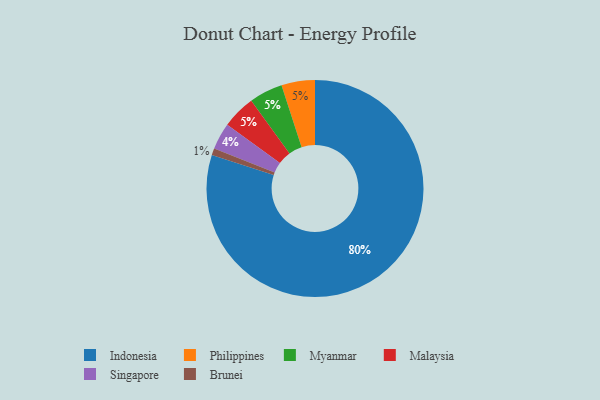
{"axis": {"x": "Category", "y": "Percentage"}, "legend": ["Brunei", "Indonesia", "Malaysia", "Myanmar", "Philippines", "Singapore"], "data": [{"x": "Philippines", "y": 5, "type": "Philippines"}, {"x": "Singapore", "y": 4, "type": "Singapore"}, {"x": "Myanmar", "y": 5, "type": "Myanmar"}, {"x": "Brunei", "y": 1, "type": "Brunei"}, {"x": "Indonesia", "y": 80, "type": "Indonesia"}, {"x": "Malaysia", "y": 5, "type": "Malaysia"}]}